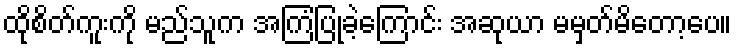
ထိုစိတ်ကူးကို မည်သူက အကြံပြုခဲ့ကြောင်း အဆုယာ မမှတ်မိတော့ပေ။